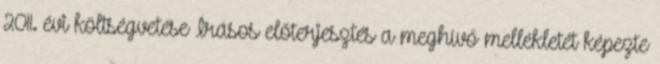
2011. évi költségvetése Írásos előterjesztés a meghívó mellékletét képezte